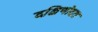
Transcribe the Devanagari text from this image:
दक्षिणोदत